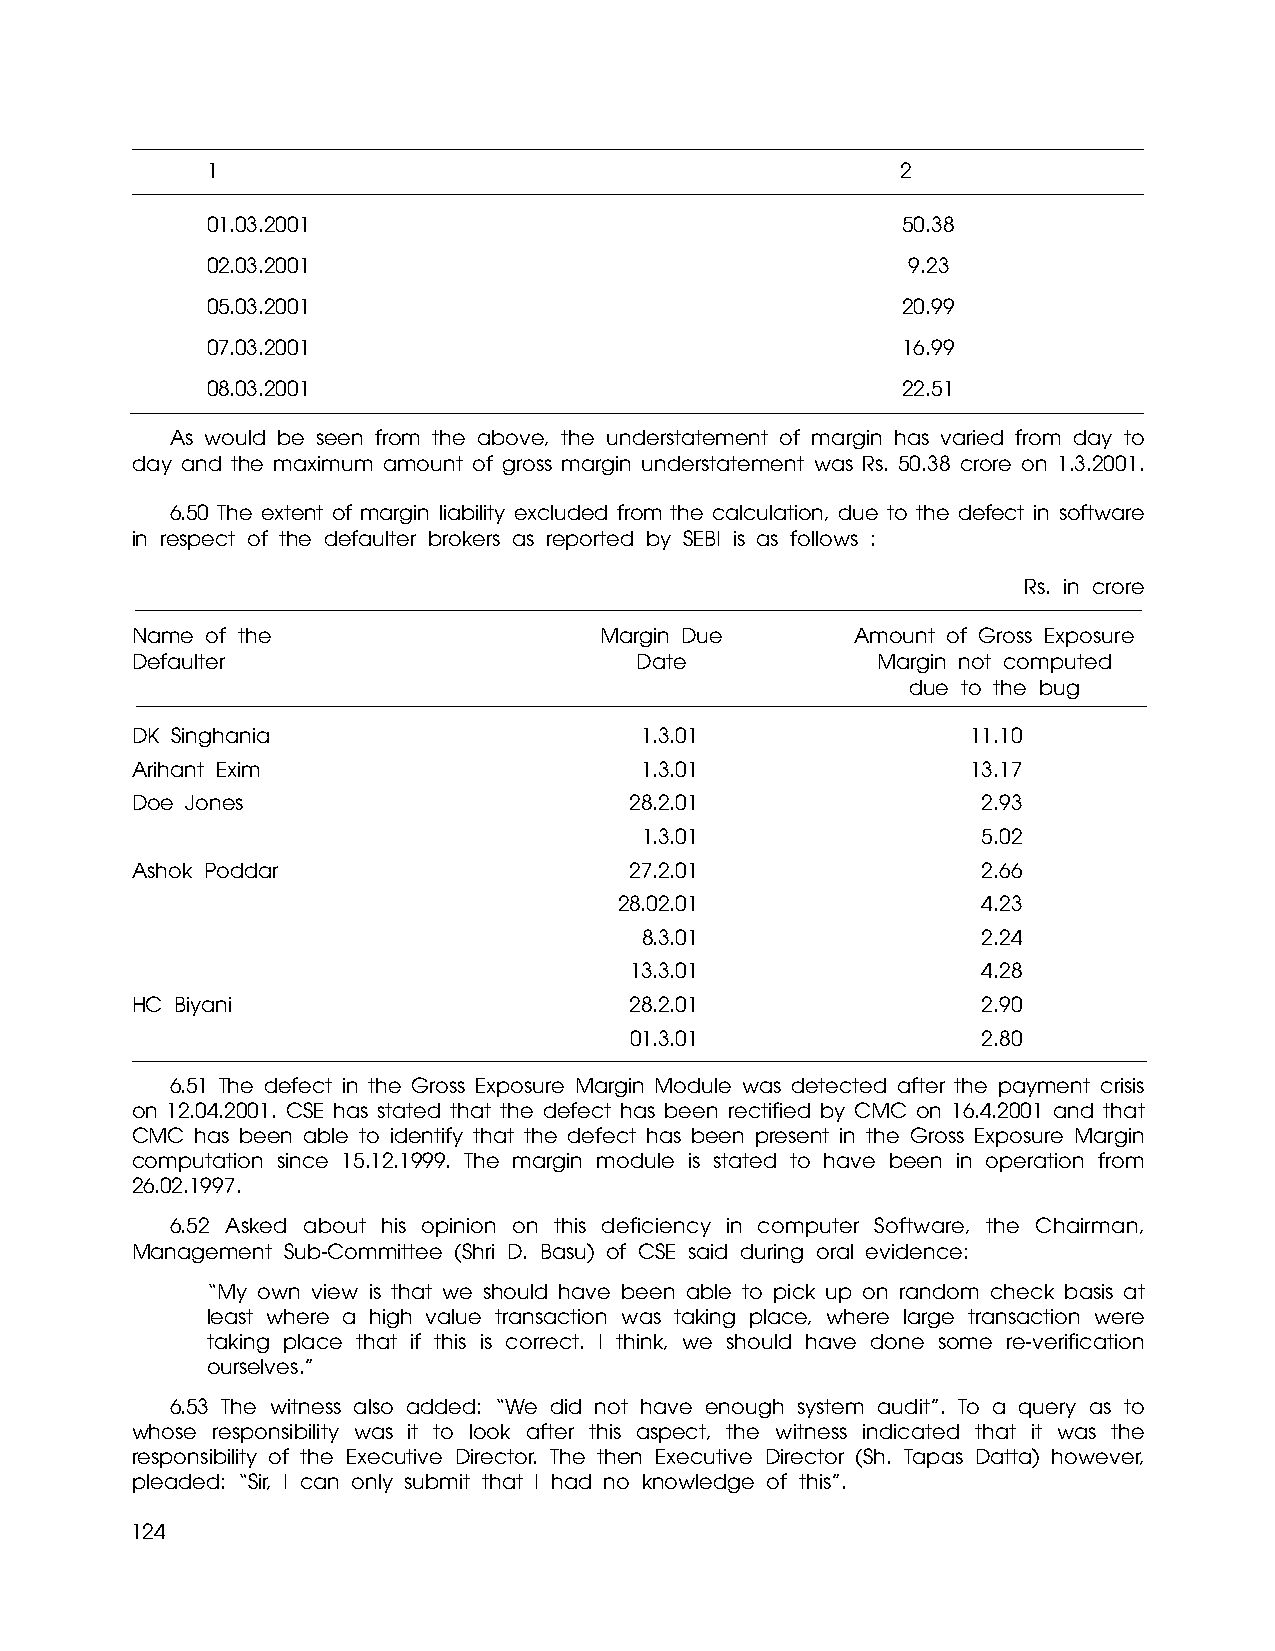
1                                             2
 01.03.2001                                    50.38
 02.03.2001                                    9.23
 05.03.2001                                    20.99
 07.03.2001                                    16.99
 08.03.2001                                    22.51
 As would be seen from the above, the understatement of margin has varied from day to
 day and the maximum amount of gross margin understatement was Rs. 50.38 crore on 1.3.2001.
 6.50 The extent of margin liability excluded from the calculation, due to the defect in software
 in respect of the defaulter brokers as reported by SEBI is as follows :
 Rs. in crore
 Name of the                    Margin Due       Amount of Gross Exposure
 Defaulter                        Date            Margin not computed
 due to the bug
 DK Singhania                     1.3.01                11.10
 Arihant Exim                     1.3.01                13.17
 Doe Jones                        28.2.01                2.93
 1.3.01                 5.02
 Ashok Poddar                     27.2.01                2.66
 28.02.01                4.23
 8.3.01                 2.24
 13.3.01                4.28
 HC Biyani                        28.2.01                2.90
 01.3.01                2.80
 6.51 The defect in the Gross Exposure Margin Module was detected after the payment crisis
 on 12.04.2001. CSE has stated that the defect has been rectified by CMC on 16.4.2001 and that
 CMC has been able to identify that the defect has been present in the Gross Exposure Margin
 computation since 15.12.1999. The margin module is stated to have been in operation from
 26.02.1997.
 6.52 Asked about his opinion on this deficiency in computer Software, the Chairman,
 Management Sub-Committee (Shri D. Basu) of CSE said during oral evidence:
 “My own view is that we should have been able to pick up on random check basis at
 least where a high value transaction was taking place, where large transaction were
 taking place that if this is correct. I think, we should have done some re-verification
 ourselves.”
 6.53 The witness also added: “We did not have enough system audit”. To a query as to
 whose responsibility was it to look after this aspect, the witness indicated that it was the
 responsibility of the Executive Director. The then Executive Director (Sh. Tapas Datta) however,
 pleaded: “Sir, I can only submit that I had no knowledge of this”.
 124